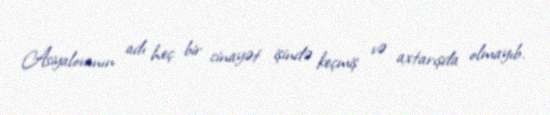
Asiyalovanın adı heç bir cinayət işində keçmiş və axtarışda olmayıb.